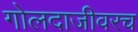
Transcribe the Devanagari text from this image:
गोलदाजीवरच